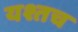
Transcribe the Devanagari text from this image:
यश्तच